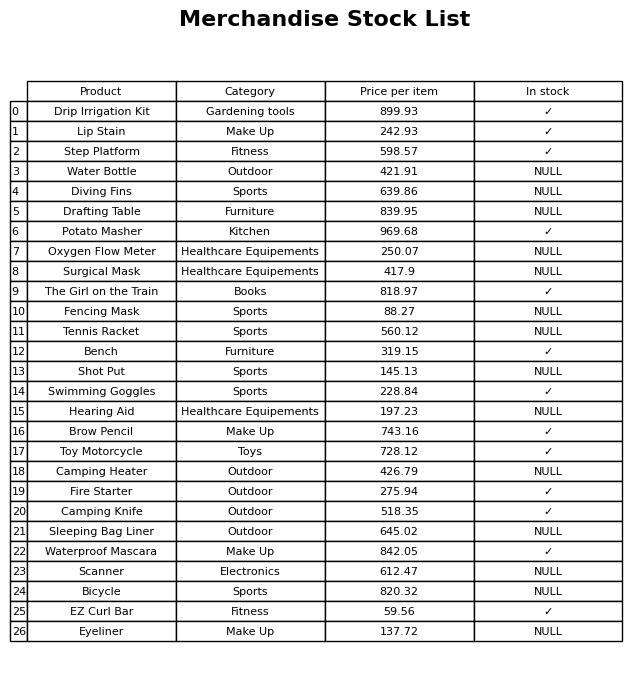
question: Which products are available in stock?
answer: Drip Irrigation Kit, Lip Stain, Step Platform, Potato Masher, The Girl on the Train, Bench, Swimming Goggles, Brow Pencil, Toy Motorcycle, Fire Starter, Camping Knife, Waterproof Mascara, EZ Curl Bar